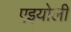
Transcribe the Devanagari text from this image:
एइयोली